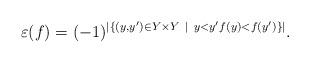
LaTeX: \begin{align*} \varepsilon(f) = (-1)^{\left\lvert\left\{(y,y')\in Y\times Y\ \middle\vert\ y < y' f(y)<f(y')\right\}\right\rvert}.\end{align*}